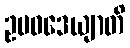
ဥပဝဒေယျာတိ